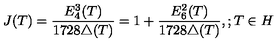
J ( T ) = \frac { E _ { 4 } ^ { 3 } ( T ) } { 1 7 2 8 \triangle ( T ) } = 1 + \frac { E _ { 6 } ^ { 2 } ( T ) } { 1 7 2 8 \triangle ( T ) } , ; T \in H